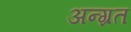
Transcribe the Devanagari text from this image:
अन्ग्रत